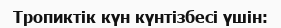
Тропиктік күн күнтізбесі үшін: